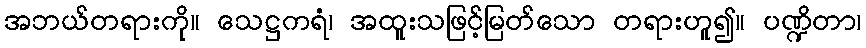
အဘယ်တရားကို။ သေဋ္ဌကရံ၊ အထူးသဖြင့်မြတ်သော တရားဟူ၍။ ပဏ္ဍိတာ၊